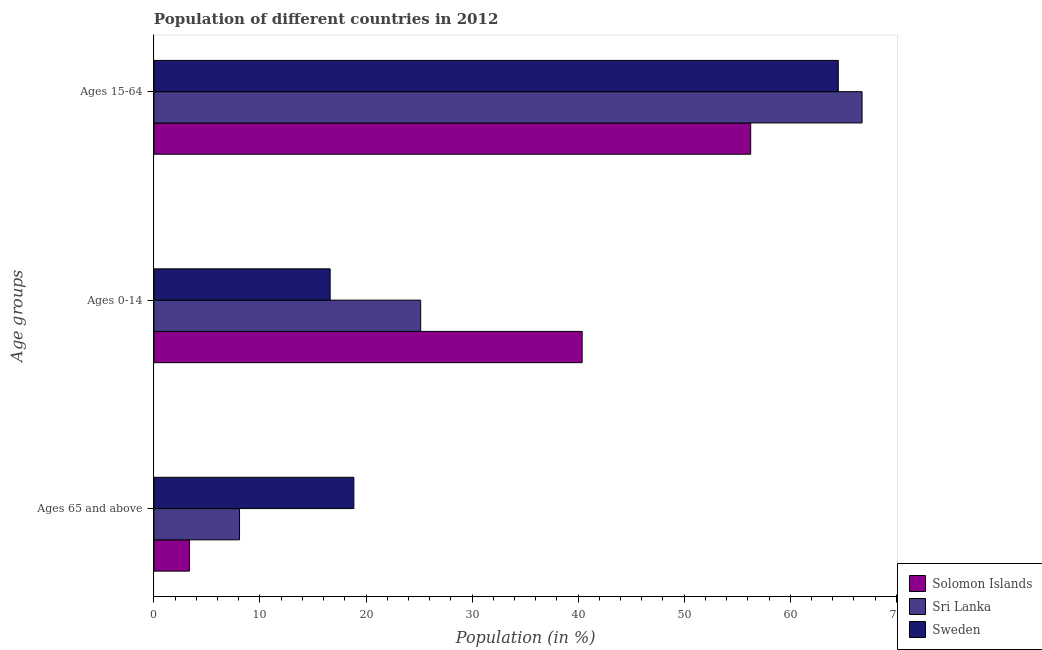
| Age groups | Solomon Islands | Sri Lanka | Sweden |
 | --- | --- | --- | --- |
 | Ages 65 and above | 3.35 | 8.07 | 18.9 |
 | Ages 0-14 | 40.4 | 25.2 | 16.6 |
 | Ages 15-64 | 56.3 | 66.8 | 64.5 |